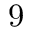
9